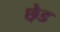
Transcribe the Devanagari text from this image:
छ़ेड